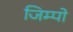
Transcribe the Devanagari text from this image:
जिम्पो